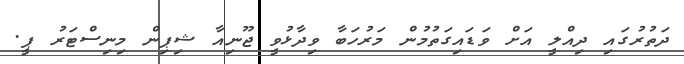
ދަތުރުގައި ދިއްލީ އަށް ވަޑައިގަތުުމުން މަރުހަބާ ވިދާޅުވީ ޖޫނިއާ ޝިޕިން މިނިސްޓަރު ޕީ.